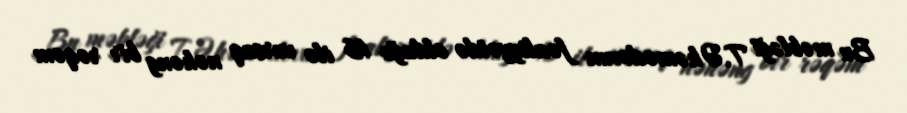
Bu məbləği T.Əhəmədovun fəaliyyətdə olduğu 16 ilə vursaq nəhəng bir rəqəm